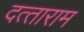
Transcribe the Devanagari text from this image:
दत्‍ताराम